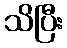
သိပြီး